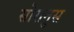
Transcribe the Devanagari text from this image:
सोरानुस